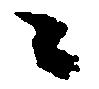
々